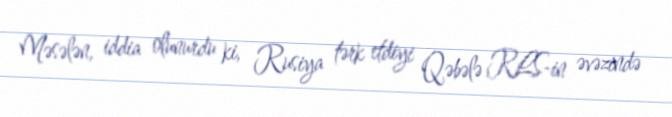
Məsələn, iddia olunurdu ki, Rusiya tərk etdiyi Qəbələ RLS-in əvəzində